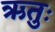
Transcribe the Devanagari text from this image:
ऋतुः